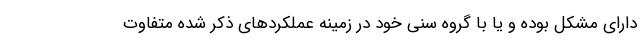
دارای مشکل بوده و یا با گروه سنی خود در زمینه عملکردهای ذکر شده متفاوت